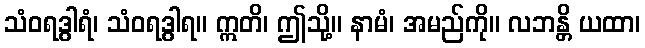
သံဝရဒွါရံ၊ သံဝရဒွါရ။ ဣတိ၊ ဤသို့။ နာမံ၊ အမည်ကို။ လဘန္တိ ယထာ၊